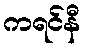
ကရင်နီ